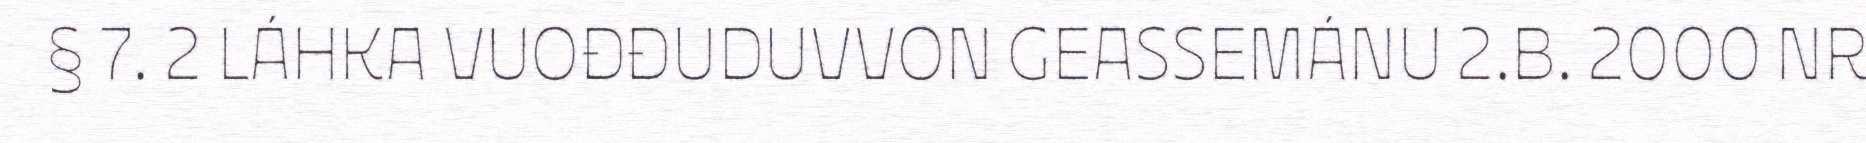
§ 7. 2 LÁHKA VUOĐĐUDUVVON GEASSEMÁNU 2.B. 2000 NR